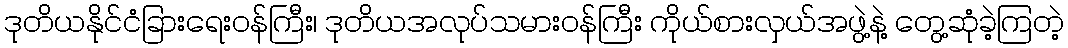
ဒုတိယနိုင်ငံခြားရေးဝန်ကြီး၊ ဒုတိယအလုပ်သမားဝန်ကြီး ကိုယ်စားလှယ်အဖွဲ့နဲ့ တွေ့ဆုံခဲ့ကြတဲ့